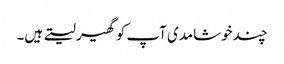
چند خوشامدی آپ کو گھیر لیتے ہیں۔